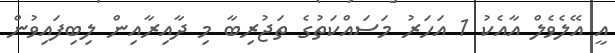
އީ އޭލެވެލް އާއެކު 1 އަހަރު މަސައްކަތުގެ ތަޖުރިބާ މި ދާއިރާއިން ލިބިފައިވުން